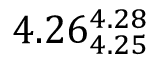
4 . 2 6 _ { 4 . 2 5 } ^ { 4 . 2 8 }